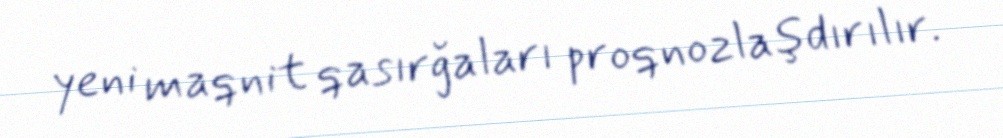
yeni maqnit qasırğaları proqnozlaşdırılır.